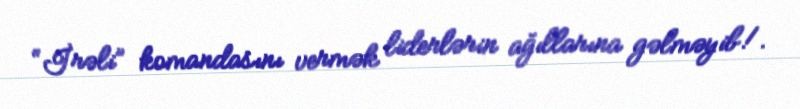
“İrəli” komandasını vermək liderlərin ağıllarına gəlməyib!.